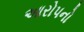
આરોપનો